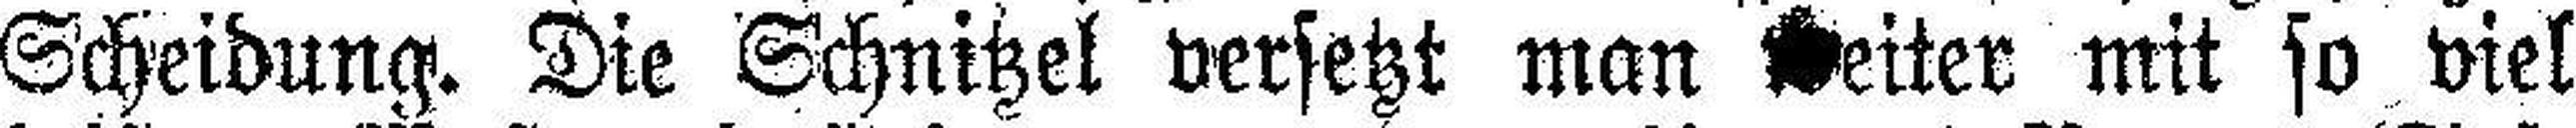
Scheidung. Die Schnitzel versetzt man ###eiter mit so viel